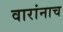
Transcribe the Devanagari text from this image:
वारांनाच